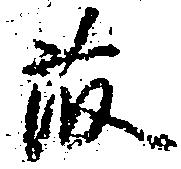
藤